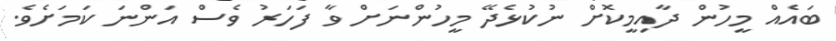
ބައެއް މީހުން ދާއިމީކޮށް ނުކުޅެދޭ މީހުންނަށް ވާ ފަހަރު ވެސް އަންނަ ކަމަށެވެ.